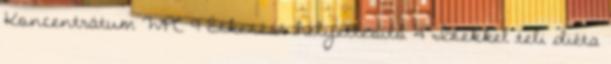
Koncentrátum WPC 9 Étkezést helyettesítő 4 Ízekkel teli diéta